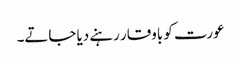
عورت کو باوقار رہنے دیا جاتے۔